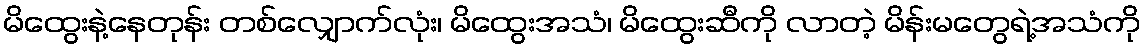
မိထွေးနဲ့နေတုန်း တစ်လျှောက်လုံး၊ မိထွေးအသံ၊ မိထွေးဆီကို လာတဲ့ မိန်းမတွေရဲ့အသံကို